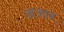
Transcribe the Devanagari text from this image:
अजा़ब